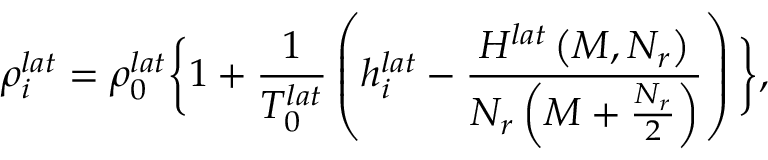
\rho _ { i } ^ { l a t } = \rho _ { 0 } ^ { l a t } \bigg \{ 1 + \frac { 1 } { T _ { 0 } ^ { l a t } } \left( h _ { i } ^ { l a t } - \frac { H ^ { l a t } \left( M , N _ { r } \right) } { N _ { r } \left( M + \frac { N _ { r } } { 2 } \right) } \right) \bigg \} ,